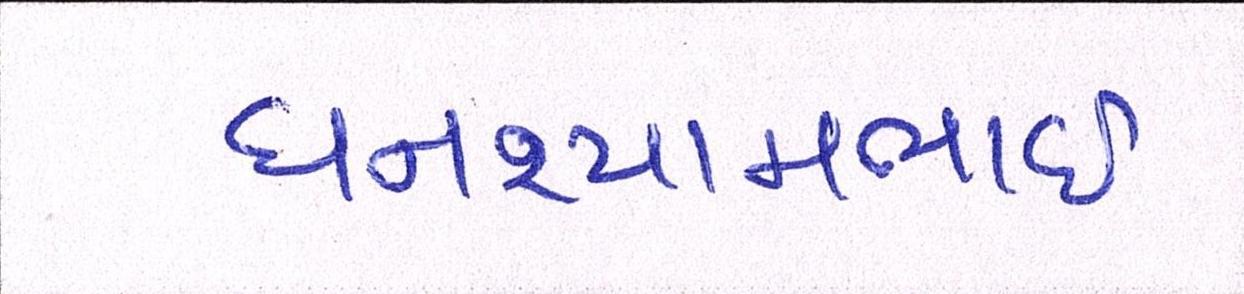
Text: ઘનશ્યામભાઈ